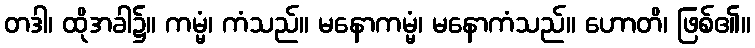
တဒါ၊ ထိုအခါ၌။ ကမ္မံ၊ ကံသည်။ မနောကမ္မံ၊ မနောကံသည်။ ဟောတိ၊ ဖြစ်၏။